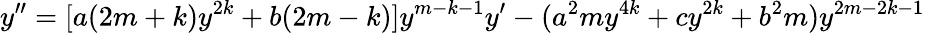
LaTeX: y^{\prime\prime}=[a(2m+k)y^{2k}+b(2m-k)]y^{m-k-1}y^{\prime}-(a^{2}my^{4k}+cy^{2k}+b^{2}m)y^{2m-2k-1}